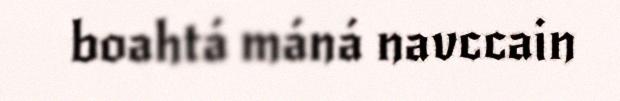
boahtá máná navccain